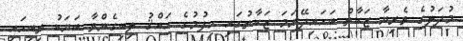
މުދަލުގެ ވެރިޔާ ޒަކާތް ބަހައިދޭނަމަ ޒަކާތުގައި ހިފުމުގެ ޙައްޤު ލިބިގެންވާ ބަޔަކު ތިބިހައި